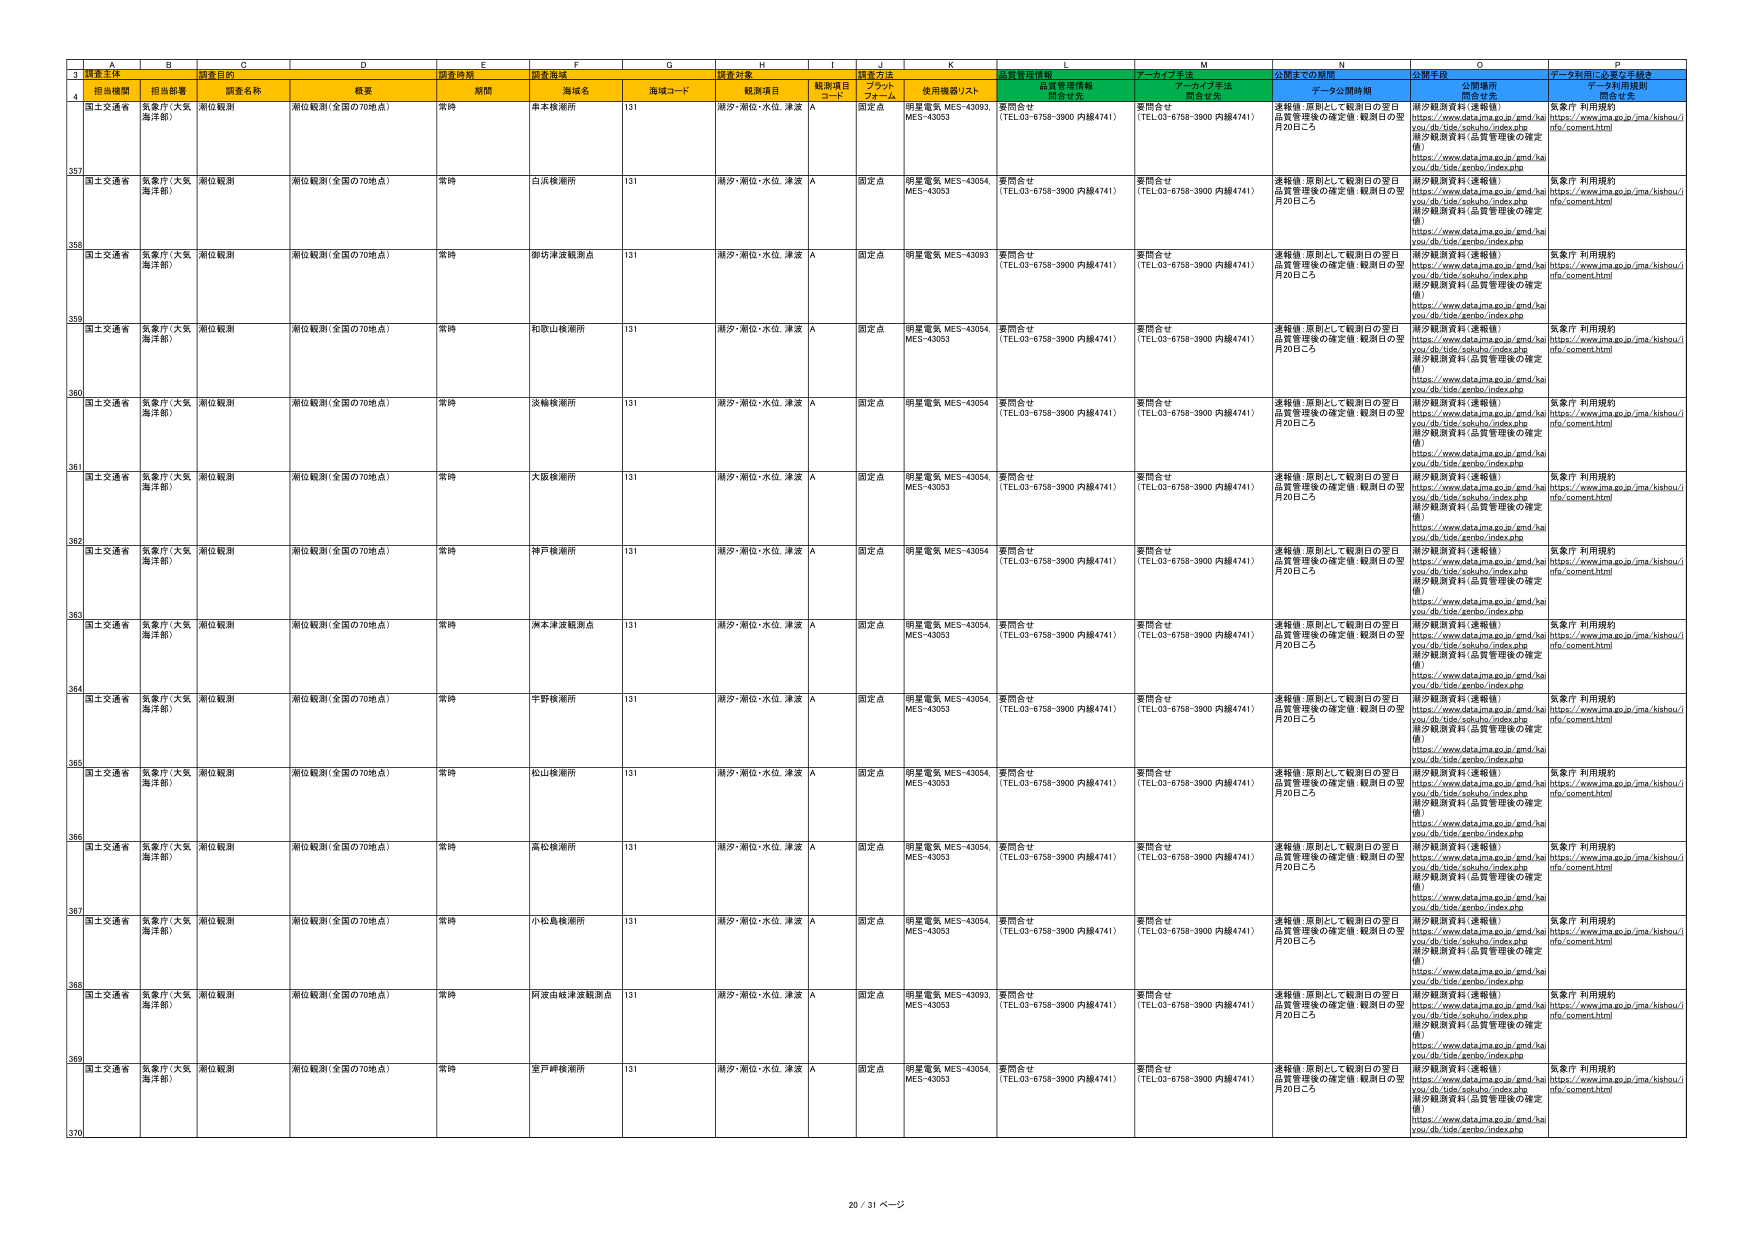
3 観測主体
調査目的
調査時期
調査海域
調査対象
調査方法
品質管理情報
アーカイブ手法
公開までの期間
公開手段
データ利用に必要な手続き
4 担当機関
担当部署
調査名称
概要
期間
海域名
海域コード
観測項目
観測項目コード
ブロックフォーム
使用機器リスト
問合せ先
問合せ先
問合せ先
データ利用規約
問合せ先
国土交通省
気象庁（大阪海洋部）
潮位観測
潮位観測（全国の70地点）
常時
串本検潮所
131
潮汐・潮位・水位、津波
A
固定点
明星電気 MES-43093 MES-43053
要問合せ（TEL.03-6758-3900 内線4741）
要問合せ（TEL.03-6758-3900 内線4741）
連絡後、原則として観測日の翌日品質管理後の確定値：観測日の翌月20日ごろ
潮汐観測資料（速報値）https://www.data.jma.go.jp/gmd/ha you/db/tide/sokuhou/index.php潮汐観測資料（品質管理後の確定値）https://www.data.jma.go.jp/gmd/ha you/db/tide/zenbo/index.php
気象庁 利用規約https://www.jma.go.jp/jma/kishou/i nfo/comment.html
357
国土交通省
気象庁（大阪海洋部）
潮位観測
潮位観測（全国の70地点）
常時
白浜検潮所
131
潮汐・潮位・水位、津波
A
固定点
明星電気 MES-43054 MES-43053
要問合せ（TEL.03-6758-3900 内線4741）
要問合せ（TEL.03-6758-3900 内線4741）
連絡後、原則として観測日の翌日品質管理後の確定値：観測日の翌月20日ごろ
潮汐観測資料（速報値）https://www.data.jma.go.jp/gmd/ha you/db/tide/sokuhou/index.php潮汐観測資料（品質管理後の確定値）https://www.data.jma.go.jp/gmd/ha you/db/tide/zenbo/index.php
気象庁 利用規約https://www.jma.go.jp/jma/kishou/i nfo/comment.html
358
国土交通省
気象庁（大阪海洋部）
潮位観測
潮位観測（全国の70地点）
常時
御坊津波観測点
131
潮汐・潮位・水位、津波
A
固定点
明星電気 MES-43093
要問合せ（TEL.03-6758-3900 内線4741）
要問合せ（TEL.03-6758-3900 内線4741）
連絡後、原則として観測日の翌日品質管理後の確定値：観測日の翌月20日ごろ
潮汐観測資料（速報値）https://www.data.jma.go.jp/gmd/ha you/db/tide/sokuhou/index.php潮汐観測資料（品質管理後の確定値）https://www.data.jma.go.jp/gmd/ha you/db/tide/zenbo/index.php
気象庁 利用規約https://www.jma.go.jp/jma/kishou/i nfo/comment.html
359
国土交通省
気象庁（大阪海洋部）
潮位観測
潮位観測（全国の70地点）
常時
和歌山検潮所
131
潮汐・潮位・水位、津波
A
固定点
明星電気 MES-43054 MES-43053
要問合せ（TEL.03-6758-3900 内線4741）
要問合せ（TEL.03-6758-3900 内線4741）
連絡後、原則として観測日の翌日品質管理後の確定値：観測日の翌月20日ごろ
潮汐観測資料（速報値）https://www.data.jma.go.jp/gmd/ha you/db/tide/sokuhou/index.php潮汐観測資料（品質管理後の確定値）https://www.data.jma.go.jp/gmd/ha you/db/tide/zenbo/index.php
気象庁 利用規約https://www.jma.go.jp/jma/kishou/i nfo/comment.html
360
国土交通省
気象庁（大阪海洋部）
潮位観測
潮位観測（全国の70地点）
常時
淡輪検潮所
131
潮汐・潮位・水位、津波
A
固定点
明星電気 MES-43054
要問合せ（TEL.03-6758-3900 内線4741）
要問合せ（TEL.03-6758-3900 内線4741）
連絡後、原則として観測日の翌日品質管理後の確定値：観測日の翌月20日ごろ
潮汐観測資料（速報値）https://www.data.jma.go.jp/gmd/ha you/db/tide/sokuhou/index.php潮汐観測資料（品質管理後の確定値）https://www.data.jma.go.jp/gmd/ha you/db/tide/zenbo/index.php
気象庁 利用規約https://www.jma.go.jp/jma/kishou/i nfo/comment.html
361
国土交通省
気象庁（大阪海洋部）
潮位観測
潮位観測（全国の70地点）
常時
大阪検潮所
131
潮汐・潮位・水位、津波
A
固定点
明星電気 MES-43054 MES-43053
要問合せ（TEL.03-6758-3900 内線4741）
要問合せ（TEL.03-6758-3900 内線4741）
連絡後、原則として観測日の翌日品質管理後の確定値：観測日の翌月20日ごろ
潮汐観測資料（速報値）https://www.data.jma.go.jp/gmd/ha you/db/tide/sokuhou/index.php潮汐観測資料（品質管理後の確定値）https://www.data.jma.go.jp/gmd/ha you/db/tide/zenbo/index.php
気象庁 利用規約https://www.jma.go.jp/jma/kishou/i nfo/comment.html
362
国土交通省
気象庁（大阪海洋部）
潮位観測
潮位観測（全国の70地点）
常時
神戸検潮所
131
潮汐・潮位・水位、津波
A
固定点
明星電気 MES-43054
要問合せ（TEL.03-6758-3900 内線4741）
要問合せ（TEL.03-6758-3900 内線4741）
連絡後、原則として観測日の翌日品質管理後の確定値：観測日の翌月20日ごろ
潮汐観測資料（速報値）https://www.data.jma.go.jp/gmd/ha you/db/tide/sokuhou/index.php潮汐観測資料（品質管理後の確定値）https://www.data.jma.go.jp/gmd/ha you/db/tide/zenbo/index.php
気象庁 利用規約https://www.jma.go.jp/jma/kishou/i nfo/comment.html
363
国土交通省
気象庁（大阪海洋部）
潮位観測
潮位観測（全国の70地点）
常時
洲本津波観測点
131
潮汐・潮位・水位、津波
A
固定点
明星電気 MES-43054 MES-43053
要問合せ（TEL.03-6758-3900 内線4741）
要問合せ（TEL.03-6758-3900 内線4741）
連絡後、原則として観測日の翌日品質管理後の確定値：観測日の翌月20日ごろ
潮汐観測資料（速報値）https://www.data.jma.go.jp/gmd/ha you/db/tide/sokuhou/index.php潮汐観測資料（品質管理後の確定値）https://www.data.jma.go.jp/gmd/ha you/db/tide/zenbo/index.php
気象庁 利用規約https://www.jma.go.jp/jma/kishou/i nfo/comment.html
364
国土交通省
気象庁（大阪海洋部）
潮位観測
潮位観測（全国の70地点）
常時
半野検潮所
131
潮汐・潮位・水位、津波
A
固定点
明星電気 MES-43054 MES-43053
要問合せ（TEL.03-6758-3900 内線4741）
要問合せ（TEL.03-6758-3900 内線4741）
連絡後、原則として観測日の翌日品質管理後の確定値：観測日の翌月20日ごろ
潮汐観測資料（速報値）https://www.data.jma.go.jp/gmd/ha you/db/tide/sokuhou/index.php潮汐観測資料（品質管理後の確定値）https://www.data.jma.go.jp/gmd/ha you/db/tide/zenbo/index.php
気象庁 利用規約https://www.jma.go.jp/jma/kishou/i nfo/comment.html
365
国土交通省
気象庁（大阪海洋部）
潮位観測
潮位観測（全国の70地点）
常時
松山検潮所
131
潮汐・潮位・水位、津波
A
固定点
明星電気 MES-43054 MES-43053
要問合せ（TEL.03-6758-3900 内線4741）
要問合せ（TEL.03-6758-3900 内線4741）
連絡後、原則として観測日の翌日品質管理後の確定値：観測日の翌月20日ごろ
潮汐観測資料（速報値）https://www.data.jma.go.jp/gmd/ha you/db/tide/sokuhou/index.php潮汐観測資料（品質管理後の確定値）https://www.data.jma.go.jp/gmd/ha you/db/tide/zenbo/index.php
気象庁 利用規約https://www.jma.go.jp/jma/kishou/i nfo/comment.html
366
国土交通省
気象庁（大阪海洋部）
潮位観測
潮位観測（全国の70地点）
常時
高松検潮所
131
潮汐・潮位・水位、津波
A
固定点
明星電気 MES-43054 MES-43053
要問合せ（TEL.03-6758-3900 内線4741）
要問合せ（TEL.03-6758-3900 内線4741）
連絡後、原則として観測日の翌日品質管理後の確定値：観測日の翌月20日ごろ
潮汐観測資料（速報値）https://www.data.jma.go.jp/gmd/ha you/db/tide/sokuhou/index.php潮汐観測資料（品質管理後の確定値）https://www.data.jma.go.jp/gmd/ha you/db/tide/zenbo/index.php
気象庁 利用規約https://www.jma.go.jp/jma/kishou/i nfo/comment.html
367
国土交通省
気象庁（大阪海洋部）
潮位観測
潮位観測（全国の70地点）
常時
小松島検潮所
131
潮汐・潮位・水位、津波
A
固定点
明星電気 MES-43054 MES-43053
要問合せ（TEL.03-6758-3900 内線4741）
要問合せ（TEL.03-6758-3900 内線4741）
連絡後、原則として観測日の翌日品質管理後の確定値：観測日の翌月20日ごろ
潮汐観測資料（速報値）https://www.data.jma.go.jp/gmd/ha you/db/tide/sokuhou/index.php潮汐観測資料（品質管理後の確定値）https://www.data.jma.go.jp/gmd/ha you/db/tide/zenbo/index.php
気象庁 利用規約https://www.jma.go.jp/jma/kishou/i nfo/comment.html
368
国土交通省
気象庁（大阪海洋部）
潮位観測
潮位観測（全国の70地点）
常時
阿波由岐津波観測点
131
潮汐・潮位・水位、津波
A
固定点
明星電気 MES-43093 MES-43053
要問合せ（TEL.03-6758-3900 内線4741）
要問合せ（TEL.03-6758-3900 内線4741）
連絡後、原則として観測日の翌日品質管理後の確定値：観測日の翌月20日ごろ
潮汐観測資料（速報値）https://www.data.jma.go.jp/gmd/ha you/db/tide/sokuhou/index.php潮汐観測資料（品質管理後の確定値）https://www.data.jma.go.jp/gmd/ha you/db/tide/zenbo/index.php
気象庁 利用規約https://www.jma.go.jp/jma/kishou/i nfo/comment.html
369
国土交通省
気象庁（大阪海洋部）
潮位観測
潮位観測（全国の70地点）
常時
室戸岬検潮所
131
潮汐・潮位・水位、津波
A
固定点
明星電気 MES-43054 MES-43053
要問合せ（TEL.03-6758-3900 内線4741）
要問合せ（TEL.03-6758-3900 内線4741）
連絡後、原則として観測日の翌日品質管理後の確定値：観測日の翌月20日ごろ
潮汐観測資料（速報値）https://www.data.jma.go.jp/gmd/ha you/db/tide/sokuhou/index.php潮汐観測資料（品質管理後の確定値）https://www.data.jma.go.jp/gmd/ha you/db/tide/zenbo/index.php
気象庁 利用規約https://www.jma.go.jp/jma/kishou/i nfo/comment.html
370
20 / 31 ページ